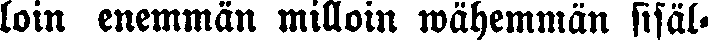
loin enemmän milloin wähemmän sisäl-